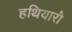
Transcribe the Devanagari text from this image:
हथियारो॑